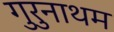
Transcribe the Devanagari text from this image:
गुरुनाथम